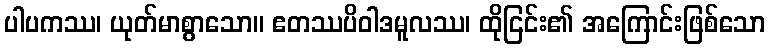
ပါပကဿ၊ ယုတ်မာစွာသော။ ဧတဿပိဝါဒမူလဿ၊ ထိုငြင်း၏ အကြောင်းဖြစ်သော